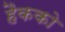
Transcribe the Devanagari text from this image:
हैकको